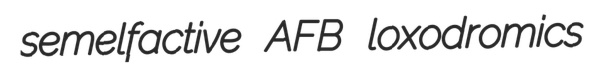
semelfactive AFB loxodromics